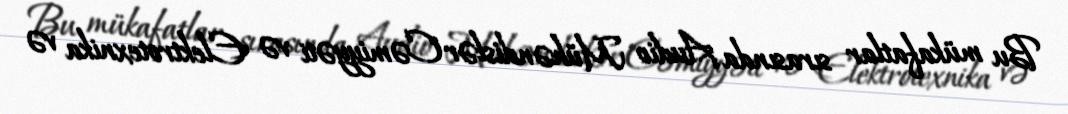
Bu mükafatlar sırasında Audio Mühəndislər Cəmiyyəti və Elektrotexnika və